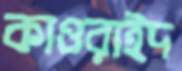
কাওরাইদ